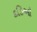
કડિઓ